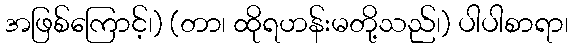
အဖြစ်ကြောင့်၊) (တာ၊ ထိုရဟန်းမတို့သည်၊) ပါပါစာရာ၊